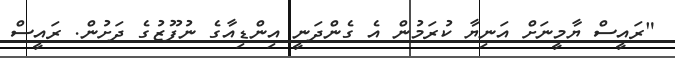
"ރައީސް ޔާމީނަށް އަނިޔާ ކުރަމުން އެ ގެންދަނީ އިންޑިއާގެ ނުފޫޒުގެ ދަށުން. ރައީސް